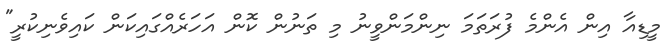
މީޑިއާ އިން އެންމެ ފުރަތަމަ ނިންމަންވީނު މި ތަނުން ކޮން އަހަރެއްގައިކަން ކައިވެނިކުރީ"